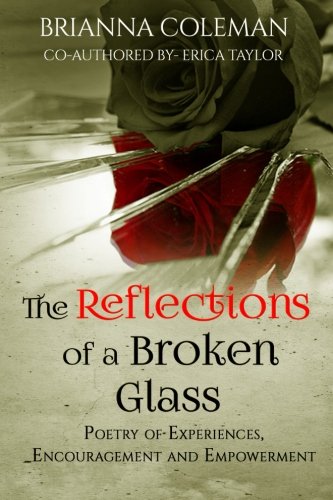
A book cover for The Reflections of a Broken Glass: Poetry of Empowerment and Encouragement for Woman; Ms. Brianna Iman Coleman; Literature & Fiction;